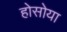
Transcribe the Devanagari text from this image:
होसोया